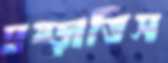
ঘষ্‌ড়াতিস